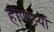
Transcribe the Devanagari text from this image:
होणाऱ्यां